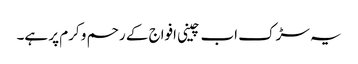
یہ سڑک اب چینی افواج کے رحم و کرم پر ہے۔